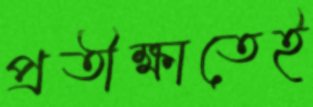
প্রতীক্ষাতেই